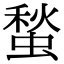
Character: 蝵